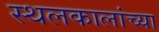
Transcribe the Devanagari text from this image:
स्थलकालांच्या